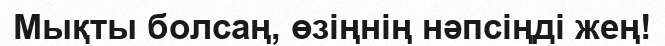
Мықты болсаң, өзіңнің нәпсіңді жең!